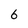
Character: 6